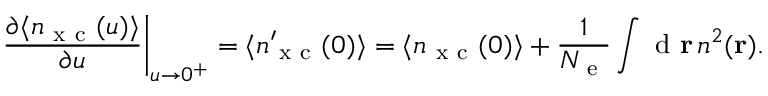
\left. \frac { \partial \langle n _ { \mathrm { ~ x ~ c ~ } } ( u ) \rangle } { \partial u } \right\vert _ { u \rightarrow 0 ^ { + } } = \langle n _ { \mathrm { ~ x ~ c ~ } } ^ { \prime } ( 0 ) \rangle = \langle n _ { \mathrm { ~ x ~ c ~ } } ( 0 ) \rangle + \frac { 1 } { \ensuremath { N _ { \mathrm { ~ e ~ } } } } \int \mathrm { ~ d ~ } \ensuremath { \mathbf { r } } \, n ^ { 2 } ( \ensuremath { \mathbf { r } } ) .